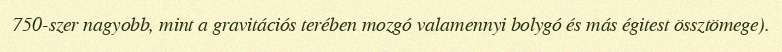
750-szer nagyobb, mint a gravitációs terében mozgó valamennyi bolygó és más égitest össztömege).